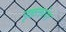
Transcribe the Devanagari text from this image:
पृष्ठतरंग